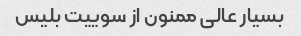
بسیار عالی ممنون از سوییت بلیس